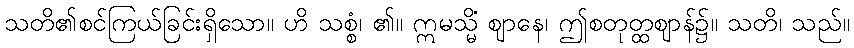
သတိ၏စင်ကြယ်ခြင်းရှိသော။ ဟိ သစ္စံ၊ ၏။ ဣမသ္မိံ ဈာနေ၊ ဤစတုတ္ထဈာန်၌။ သတိ၊ သည်။